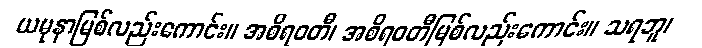
ယမုနာမြစ်လည်းကောင်း။ အစိရဝတီ၊ အစိရဝတီမြစ်လည်းကောင်း။ သရဘူ၊